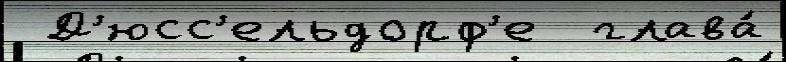
 Д'юсс'ельдорф'е  глава́